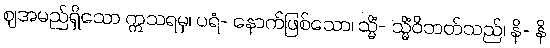
ဈအမည်ရှိသော ဣသရမှ၊ ပရံ- နောက်ဖြစ်သော၊ သ္မိံ- သ္မိံဝိဘတ်သည်၊ နိ- နိ